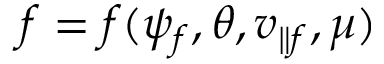
f = f ( \psi _ { f } , \theta , v _ { \parallel f } , \mu )